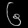
Digit: ၆